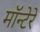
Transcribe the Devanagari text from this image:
मॉन्टेरे